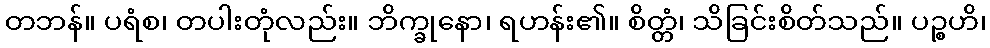
တဘန်။ ပရံစ၊ တပါးတုံလည်း။ ဘိက္ခုနော၊ ရဟန်း၏။ စိတ္တံ၊ သိခြင်းစိတ်သည်။ ပဉ္စဟိ၊